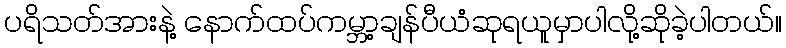
ပရိသတ်အားနဲ့ နောက်ထပ်ကမ္ဘာ့ချန်ပီယံဆုရယူမှာပါလို့ဆိုခဲ့ပါတယ်။